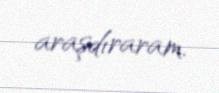
araşdıraram.